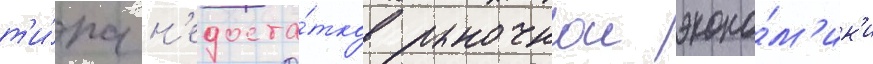
т'и́па н'едоста́тков рыночнои эконо́м'ик'и